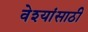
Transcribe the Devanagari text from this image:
वेश्यांसाठी